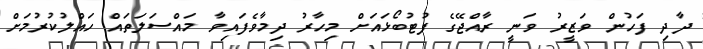
ދާދި ފަހުން ވަޒީރު ވަނީ ރާއްޖޭގެ ފުޓުބޯޅައަށް މިހާރު ދިމާވެފައިވާ މައްސަލަތައް ހައްލުކުރުމަށް